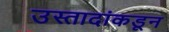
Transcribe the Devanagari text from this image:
उस्तादांकडून